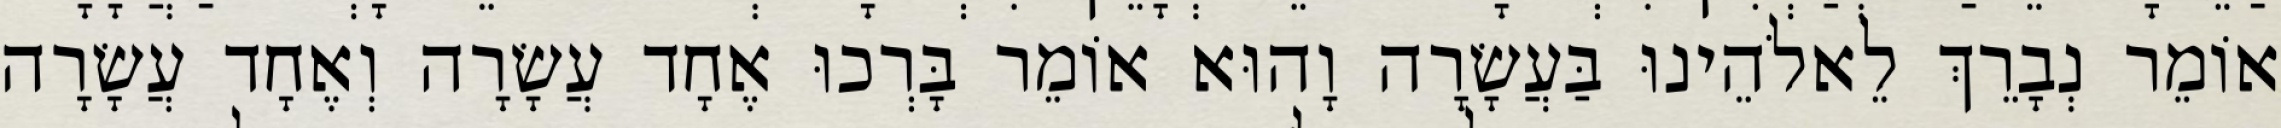
אוֹמֵר נְבָרֵךְ לֵאלֹהֵינוּ בַּעֲשָׂרָה וָהוּא אוֹמֵר בָּרְכוּ אֶחָד עֲשָׂרָה וְאֶחָד עֲשָׂרָה